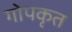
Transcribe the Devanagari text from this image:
गोपकृत